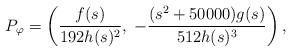
LaTeX: \begin{align*} P_{\varphi}=\left( \frac{f(s)}{192 h(s)^2}, \; -\frac{(s^2+50000) g(s)}{512 h(s)^3} \right),\end{align*}